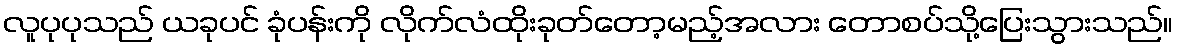
လူပုပုသည် ယခုပင် ခုံပန်းကို လိုက်လံထိုးခုတ်တော့မည့်အလား တောစပ်သို့ပြေးသွားသည်။